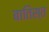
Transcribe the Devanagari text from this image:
बातिस्त